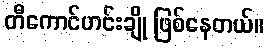
တီကောင်ဟင်းချို ဖြစ်နေတယ်။